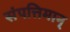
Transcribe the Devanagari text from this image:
संपत्तिमान्‌